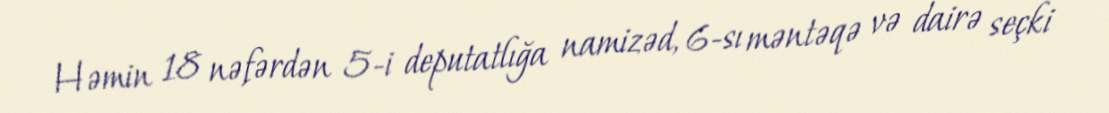
Həmin 18 nəfərdən 5-i deputatlığa namizəd, 6-sı məntəqə və dairə seçki